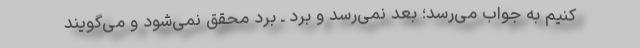
کنیم به جواب می‌رسد؛ بعد نمی‌رسد و برد ـ برد محقق نمی‌شود و می‌گویند